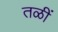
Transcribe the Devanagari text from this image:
तळीं